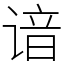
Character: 谙